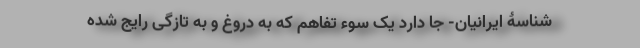
شناسۀ ایرانیان- جا دارد یک سوء تفاهم که به دروغ و به تازگی رایج شده